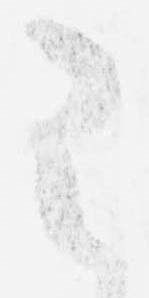
已